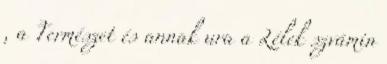
, a Természet és annak ura a Lélek szvámin